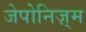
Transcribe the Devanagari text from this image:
जेपोनिज़्म